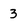
Character: 3